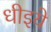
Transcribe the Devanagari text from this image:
धीइये